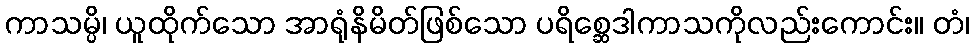
ကာသမ္ပိ၊ ယူထိုက်သော အာရုံနိမိတ်ဖြစ်သော ပရိစ္ဆေဒါကာသကိုလည်းကောင်း။ တံ၊